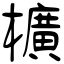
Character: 櫎